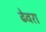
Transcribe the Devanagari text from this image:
ढेवरा